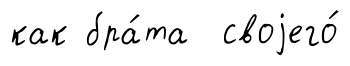
как бра́та своjего́